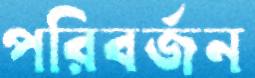
পরিবর্জন